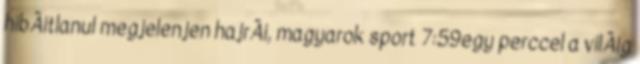
hibÃ¡tlanul megjelenjen hajrÃ¡, magyarok sport 7:59egy perccel a vilÃ¡g